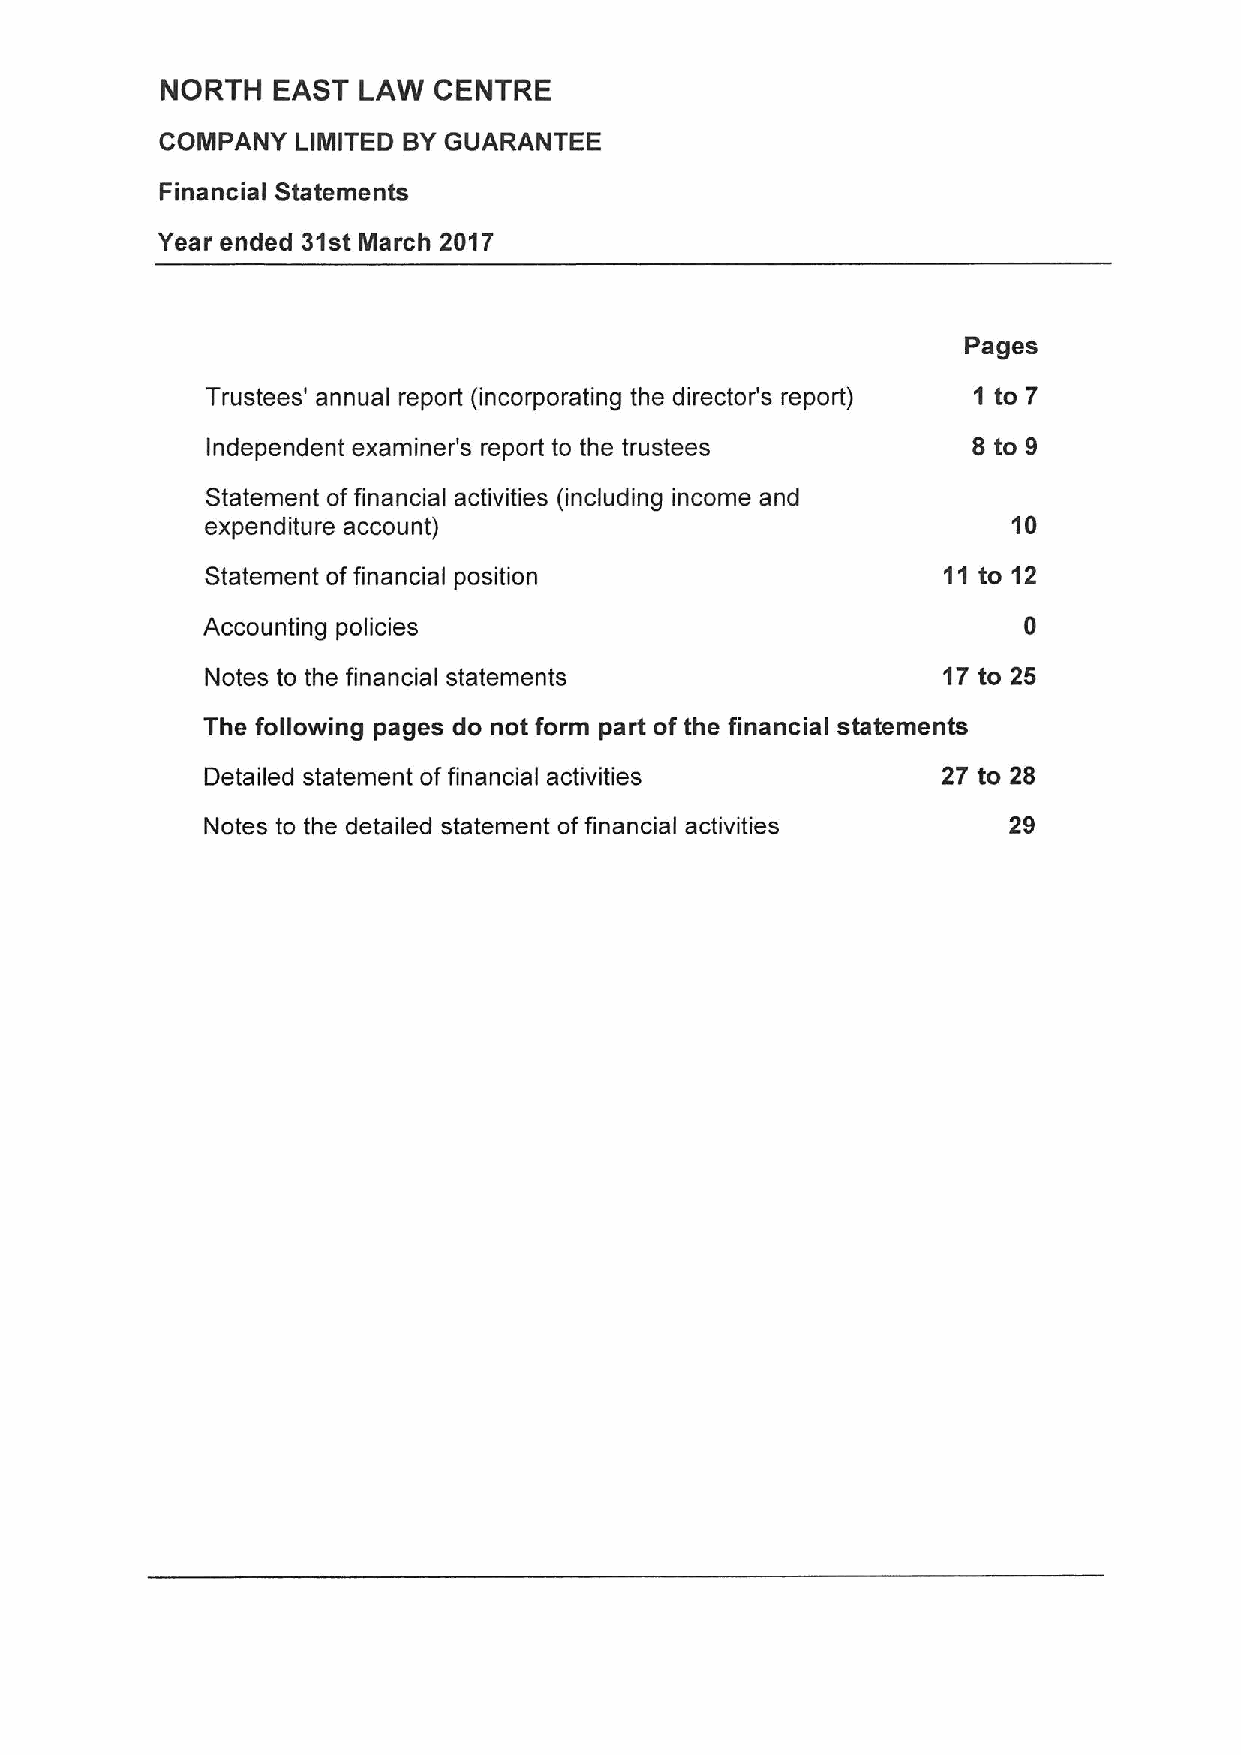
NORTH  EAST  LAW  CENTRE
 COMPANY  LIMITED BYGUARANTEE
 Financial Statements
 Year ended 31st March 2017
 Pages
 1to7
 Trustees' annual report (incorporating the director's report)
 Independent examiner's report to the trustees     8 to 9
 Statement offinancial activities (including income and
 expenditure account)                                 10
 Statement offinancial position                  11 to 12
 Accounting policies
 Notes to the financial statements               17to 25
 The following pages do not form part of the financial statements
 Detailed statement offinancial activities       27 to 28
 Notes to the detailed statement offinancial activities 29